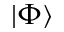
| \Phi \rangle